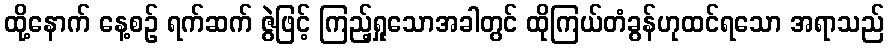
ထို့နောက် နေ့စဉ် ရက်ဆက် ဇွဲဖြင့် ကြည့်ရှုသောအခါတွင် ထိုကြယ်တံခွန်ဟုထင်ရသော အရာသည်